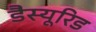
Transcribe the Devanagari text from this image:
डैस्यूरिड